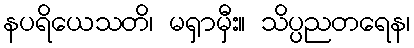
နပရိယေသတိ၊ မရှာမှီး။ သိပ္ပညတရေန၊